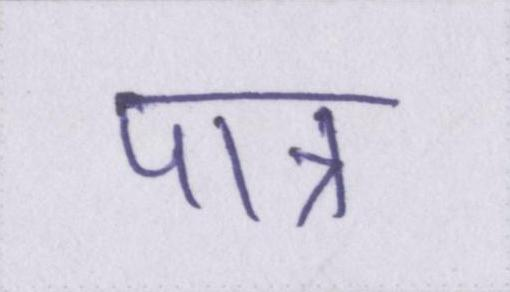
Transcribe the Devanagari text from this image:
पात्र